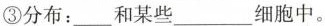
③分布：___和某些 ___细胞中。